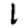
Digit: 1